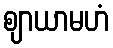
ဈာယာမဟံ